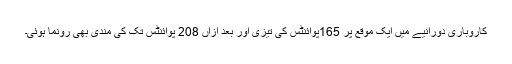
کاروباری دورانیے میں ایک موقع پر 165پوائنٹس کی تیزی اور بعد ازاں 208 پوائنٹس تک کی مندی بھی رونما ہوئی۔